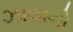
ઝાલાનો